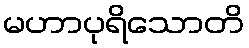
မဟာပုရိသောတိ